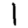
Digit: 1